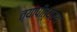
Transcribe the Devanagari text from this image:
त्यापीत्यर्थ